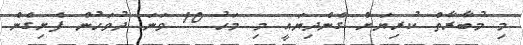
މި މުބާރާތް ކުރިޔަށް ގެންދިޔައީ މި މަހު 10 ވަނަ ދުވަހުން ފެށިގެން